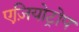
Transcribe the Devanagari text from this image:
एज़ियोट्रोप